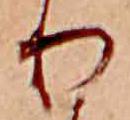
り